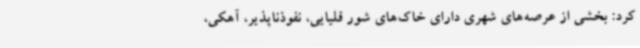
کرد: بخشی از عرصه‌های شهری دارای خاک‌های شور قلیایی، نفوذناپذیر، آهکی،